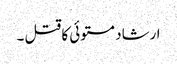
ارشاد مستوئی کا قتل ۔